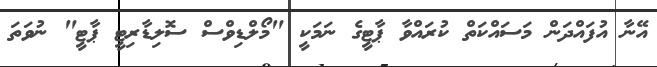
އޭނާ އުފައްދަން މަސައްކަތް ކުރައްވާ ޕާޓީގެ ނަމަކީ "މޯލްޑިވްސް ސޮލިޑާރިޓީ ޕާޓީ" ނުވަތަ